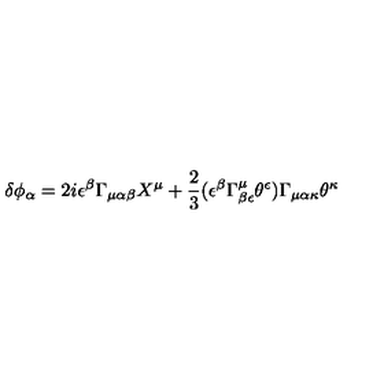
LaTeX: \delta \phi _ { \alpha } = 2 i \epsilon ^ { \beta } \Gamma _ { \mu \alpha \beta } X ^ { \mu } + \frac { 2 } { 3 } ( \epsilon ^ { \beta } \Gamma _ { \beta \epsilon } ^ { \mu } \theta ^ { \epsilon } ) \Gamma _ { \mu \alpha \kappa } \theta ^ { \kappa }